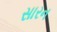
સારન